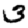
Digit: 3